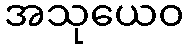
အသုယေဝ